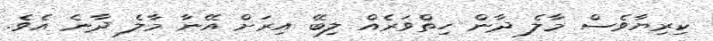
ކިރިޔާވެސް މާލެ ދާން ހިތްވަރެއް ލިބޭ އިރަށް އޭނާ މާލެ ދާނެ އެވެ.